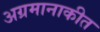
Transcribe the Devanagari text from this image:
अग्रमानाकीत